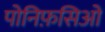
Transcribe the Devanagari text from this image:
पोनिफ़सिओ